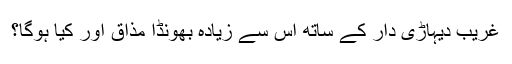
غریب دیہاڑی دار کے ساتھ اس سے زیادہ بھونڈا مذاق اور کیا ہوگا؟